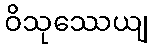
ဝိသုဿေယျ